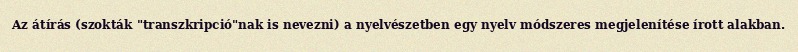
Az átírás (szokták "transzkripció"nak is nevezni) a nyelvészetben egy nyelv módszeres megjelenítése írott alakban.